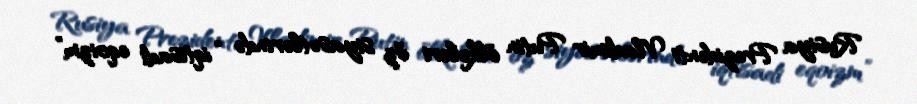
Rusiya Prezidenti Vladimir Putin ölkələri öz siyasətlərində “iqtisadi eqoizm”